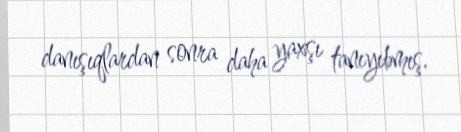
danışıqlardan sonra daha yaxşı tanıyıbmış.